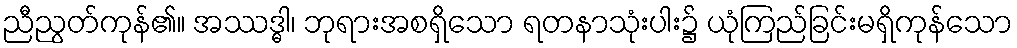
ညီညွတ်ကုန်၏။ အဿဒ္ဓါ၊ ဘုရားအစရှိသော ရတနာသုံးပါး၌ ယုံကြည်ခြင်းမရှိကုန်သော